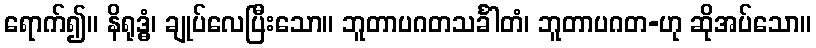
ရောက်၍။ နိရုဒ္ဓံ၊ ချုပ်လေပြီးသော။ ဘူတာပဂတသင်္ခါတံ၊ ဘူတာပဂတ-ဟု ဆိုအပ်သော။